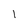
Character: l